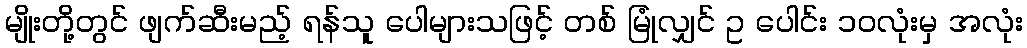
မျိုးတို့တွင် ဖျက်ဆီးမည့် ရန်သူ ပေါများသဖြင့် တစ် မြုံလျှင် ဥ ပေါင်း ၁၀လုံးမှ အလုံး